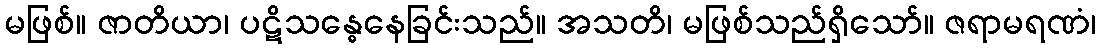
မဖြစ်။ ဇာတိယာ၊ ပဋိသန္ဓေနေခြင်းသည်။ အသတိ၊ မဖြစ်သည်ရှိသော်။ ဇရာမရဏံ၊